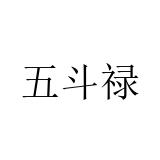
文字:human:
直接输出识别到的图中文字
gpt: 五斗禄